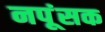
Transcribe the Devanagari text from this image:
नपूंसक